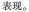
表现。